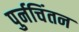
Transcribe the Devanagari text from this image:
पुर्नचिंतन